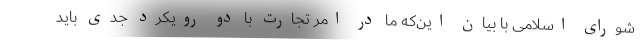
شورای اسلامی با بیان این‌که ما در امر تجارت با دو رویکرد جدی باید